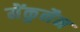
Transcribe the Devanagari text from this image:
मेंकुनैन